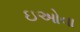
ઇઓવા